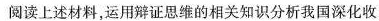
阅读上述材料，运用辩证思维的相关知识分析我国深化收